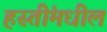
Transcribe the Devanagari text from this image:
हस्तींमधील